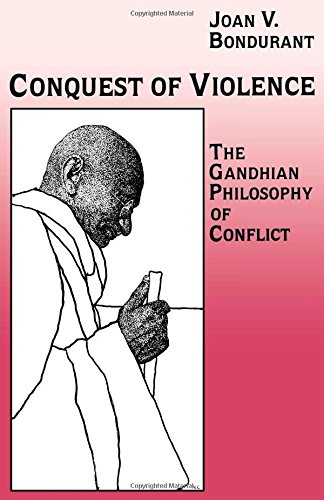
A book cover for Conquest of Violence: The Gandhian Philosophy of Conflict; Joan Valerie Bondurant; Religion & Spirituality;